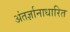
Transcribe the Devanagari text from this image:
अंतर्ज्ञानाधारित